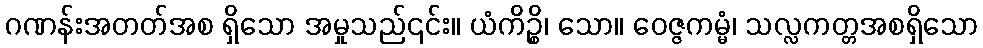
ဂဏန်းအတတ်အစ ရှိသော အမှုသည်၎င်း။ ယံကိဉ္စိ၊ သော။ ဝေဇ္ဇကမ္မံ၊ သလ္လကတ္တအစရှိသော